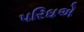
પરિઘએ